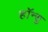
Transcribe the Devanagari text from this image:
हाॅन्सु